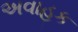
અવાહક